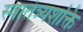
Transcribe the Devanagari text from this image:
स्वातंत्र्यशक्ति